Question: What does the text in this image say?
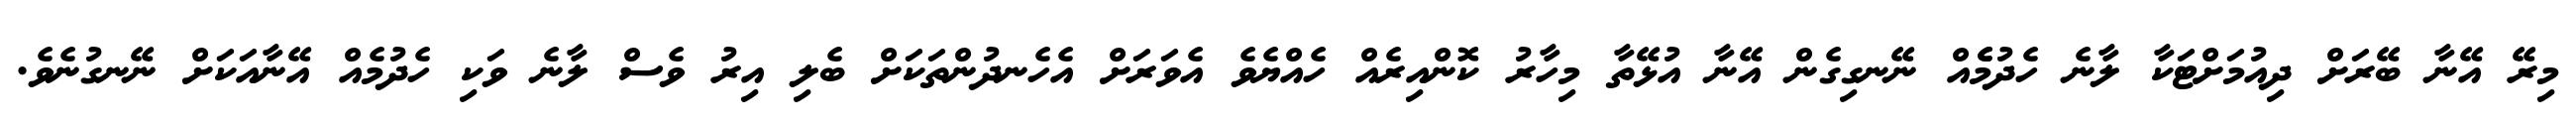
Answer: މިރޭ އޭނާ ބޭރަށް ދިއުމަށްޓަކާ ލާނެ ހެދުމެެއް ނޭނގިގެން އޭނާ އުޅޭތާ މިހާރު ކޮންއިރެއް ހެއްޔެވެ އެވަރަށް އެހެނދުންތަކަށް ބެލި އިރު ވެސް ލާނެ ވަކި ހެދުމެއް އޭނާއަކަށް ނޭނގުނެވެ.